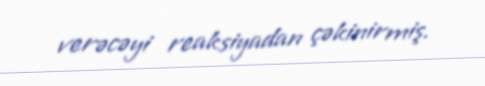
verəcəyi reaksiyadan çəkinirmiş.